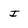
Character: I